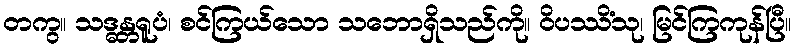
တကွ။ သဒ္ဓန္တရူပံ၊ စင်ကြယ်သော သဘောရှိသည်ကို။ ဝိပဿိံသု၊ မြင်ကြကုန်ပြီ။